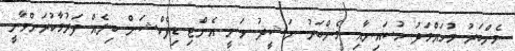
މެންބަރު މުހައްމަދު ހުސައިނާއި މެންބަރު ނަޝީދު ވަނީ އެންޓި ޑިފެކްޝަން ބިލެއް ފަރުމާކުރަންވާނީ